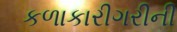
કળાકારીગરીની